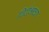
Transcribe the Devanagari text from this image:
विर्दभाचा